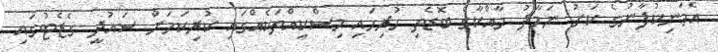
އެމަނިކުފާނުގެ ކަށު ނަމާދު މާއްކާގެ ބޮޑެތި ހުރިހައި މިސްކިއްތަކެއްގައި ކުރިކަމަށް ސައުދީ ގެޒެޓުގައި